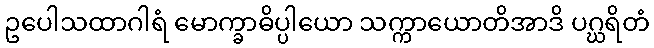
ဥပေါသထာဂါရံ မောက္ခာဓိပ္ပါယော သက္ကာယောတိအာဒိ ပဂ္ဃရိတံ